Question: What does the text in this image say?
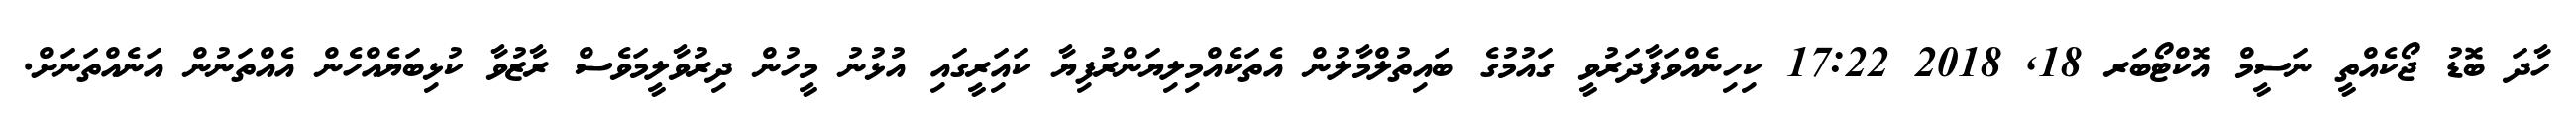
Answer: ހާދަ ބޮޑު ޖޯކެއްތީ ނަސީމް އޮކްޓޯބަރ 18, 2018 17:22 ކިހިނެއްވަފާދަރުވީ ގައުމުގެ ބައިތުލްމާލުން އެތަކެއްމިލިޔަންރުފިޔާ ކައަިރީގައި އުޅުނު މީހުން ދިރުވާލީމަވެސް ރާޒުވާ ކުޅިބަޔެއްހެން އެއްތަނުން އަނެއްތަނަށް.